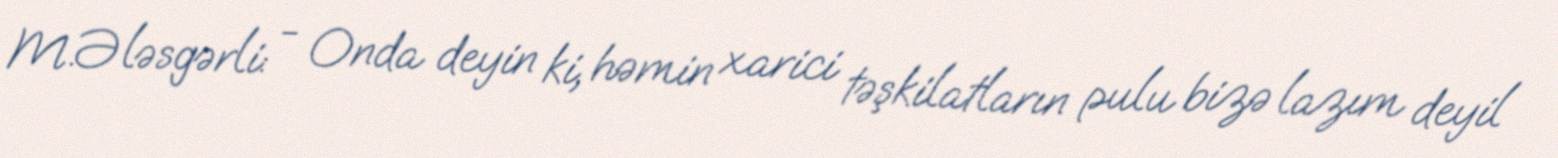
M.Ələsgərli: - Onda deyin ki, həmin xarici təşkilatların pulu bizə lazım deyil